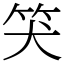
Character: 𥬇